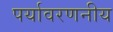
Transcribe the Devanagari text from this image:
पर्यावरणनीय